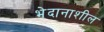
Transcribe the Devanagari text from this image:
भेदानाशील